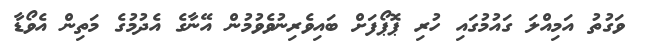
ވަގުތު އަމިއްލަ ގައުމުގައި ހުރި ޕޮޕޯފަށް ބައިވެރިނުވެވުމުން އޭނާގެ އެދުމުގެ މަތިން އެވޯޑާ